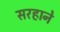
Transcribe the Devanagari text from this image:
सरहाने